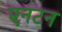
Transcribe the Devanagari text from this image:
एनटन